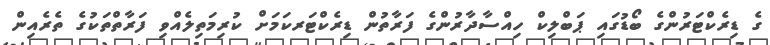
ގެ ޑިރެކްޓަރުންގެ ބޯޑުގައި ޕަބްލިކް ހިއްސާދާރުންގެ ފަރާތުން ޑިރެކްޓަރކަމަށް ކުރިމަތިލެއްވި ފަރާތްތަކުގެ ތެރެއިން